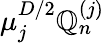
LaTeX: \mu_{j}^{D/2}\mathbb{Q}_{n}^{(j)}